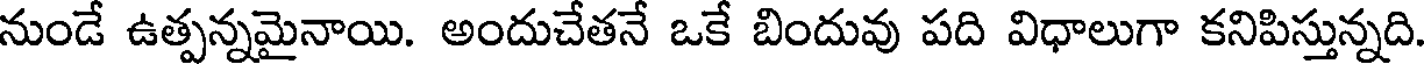
నుండే ఉత్పన్నమైనాయి. అందుచేతనే ఒకే బిందువు పది విధాలుగా కనిపిస్తున్నది